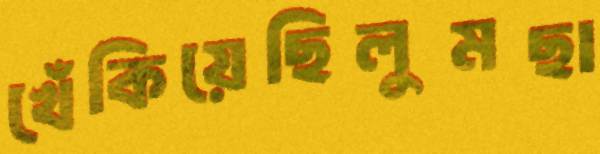
খেঁকিয়েছিলুমছা